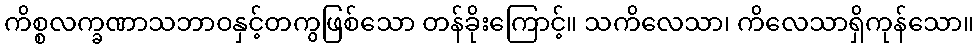
ကိစ္စလက္ခဏာသဘာဝနှင့်တကွဖြစ်သော တန်ခိုးကြောင့်။ သကိလေသာ၊ ကိလေသာရှိကုန်သော။